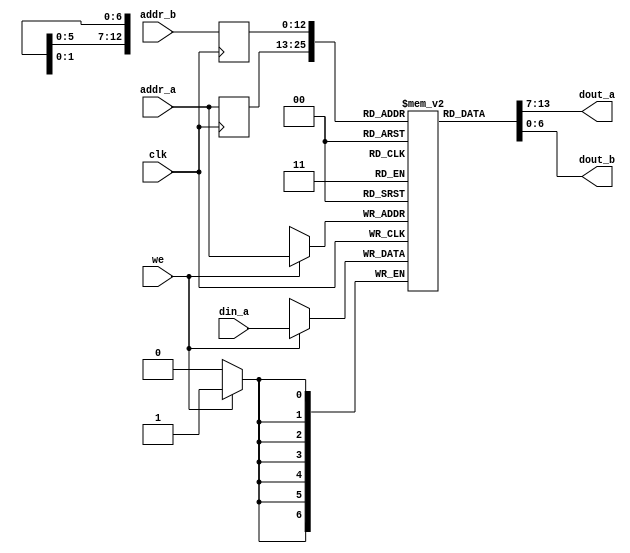
// Dual-port RAM with synchronous read

module dual_port_ram_sync
   #(
     parameter ADDR_WIDTH = 13, //6,
               DATA_WIDTH =7 //8
   )
   (
    input wire clk,
    input wire we,
    input wire [ADDR_WIDTH-1:0] addr_a, addr_b,
    input wire [DATA_WIDTH-1:0] din_a,
    output wire [DATA_WIDTH-1:0] dout_a, dout_b
   );

   // signal declaration
   reg [DATA_WIDTH-1:0] ram [2**ADDR_WIDTH-1:0];
   reg [ADDR_WIDTH-1:0] addr_a_reg, addr_b_reg;

   // body
   always @(posedge clk)
   begin
      if (we)  // write operation
        ram[addr_a] <= din_a;
      addr_a_reg <= addr_a;
      addr_b_reg <= addr_b;
   end
   // two read operations
   assign dout_a = ram[addr_a_reg];
   assign dout_b = ram[addr_b_reg];

endmodule